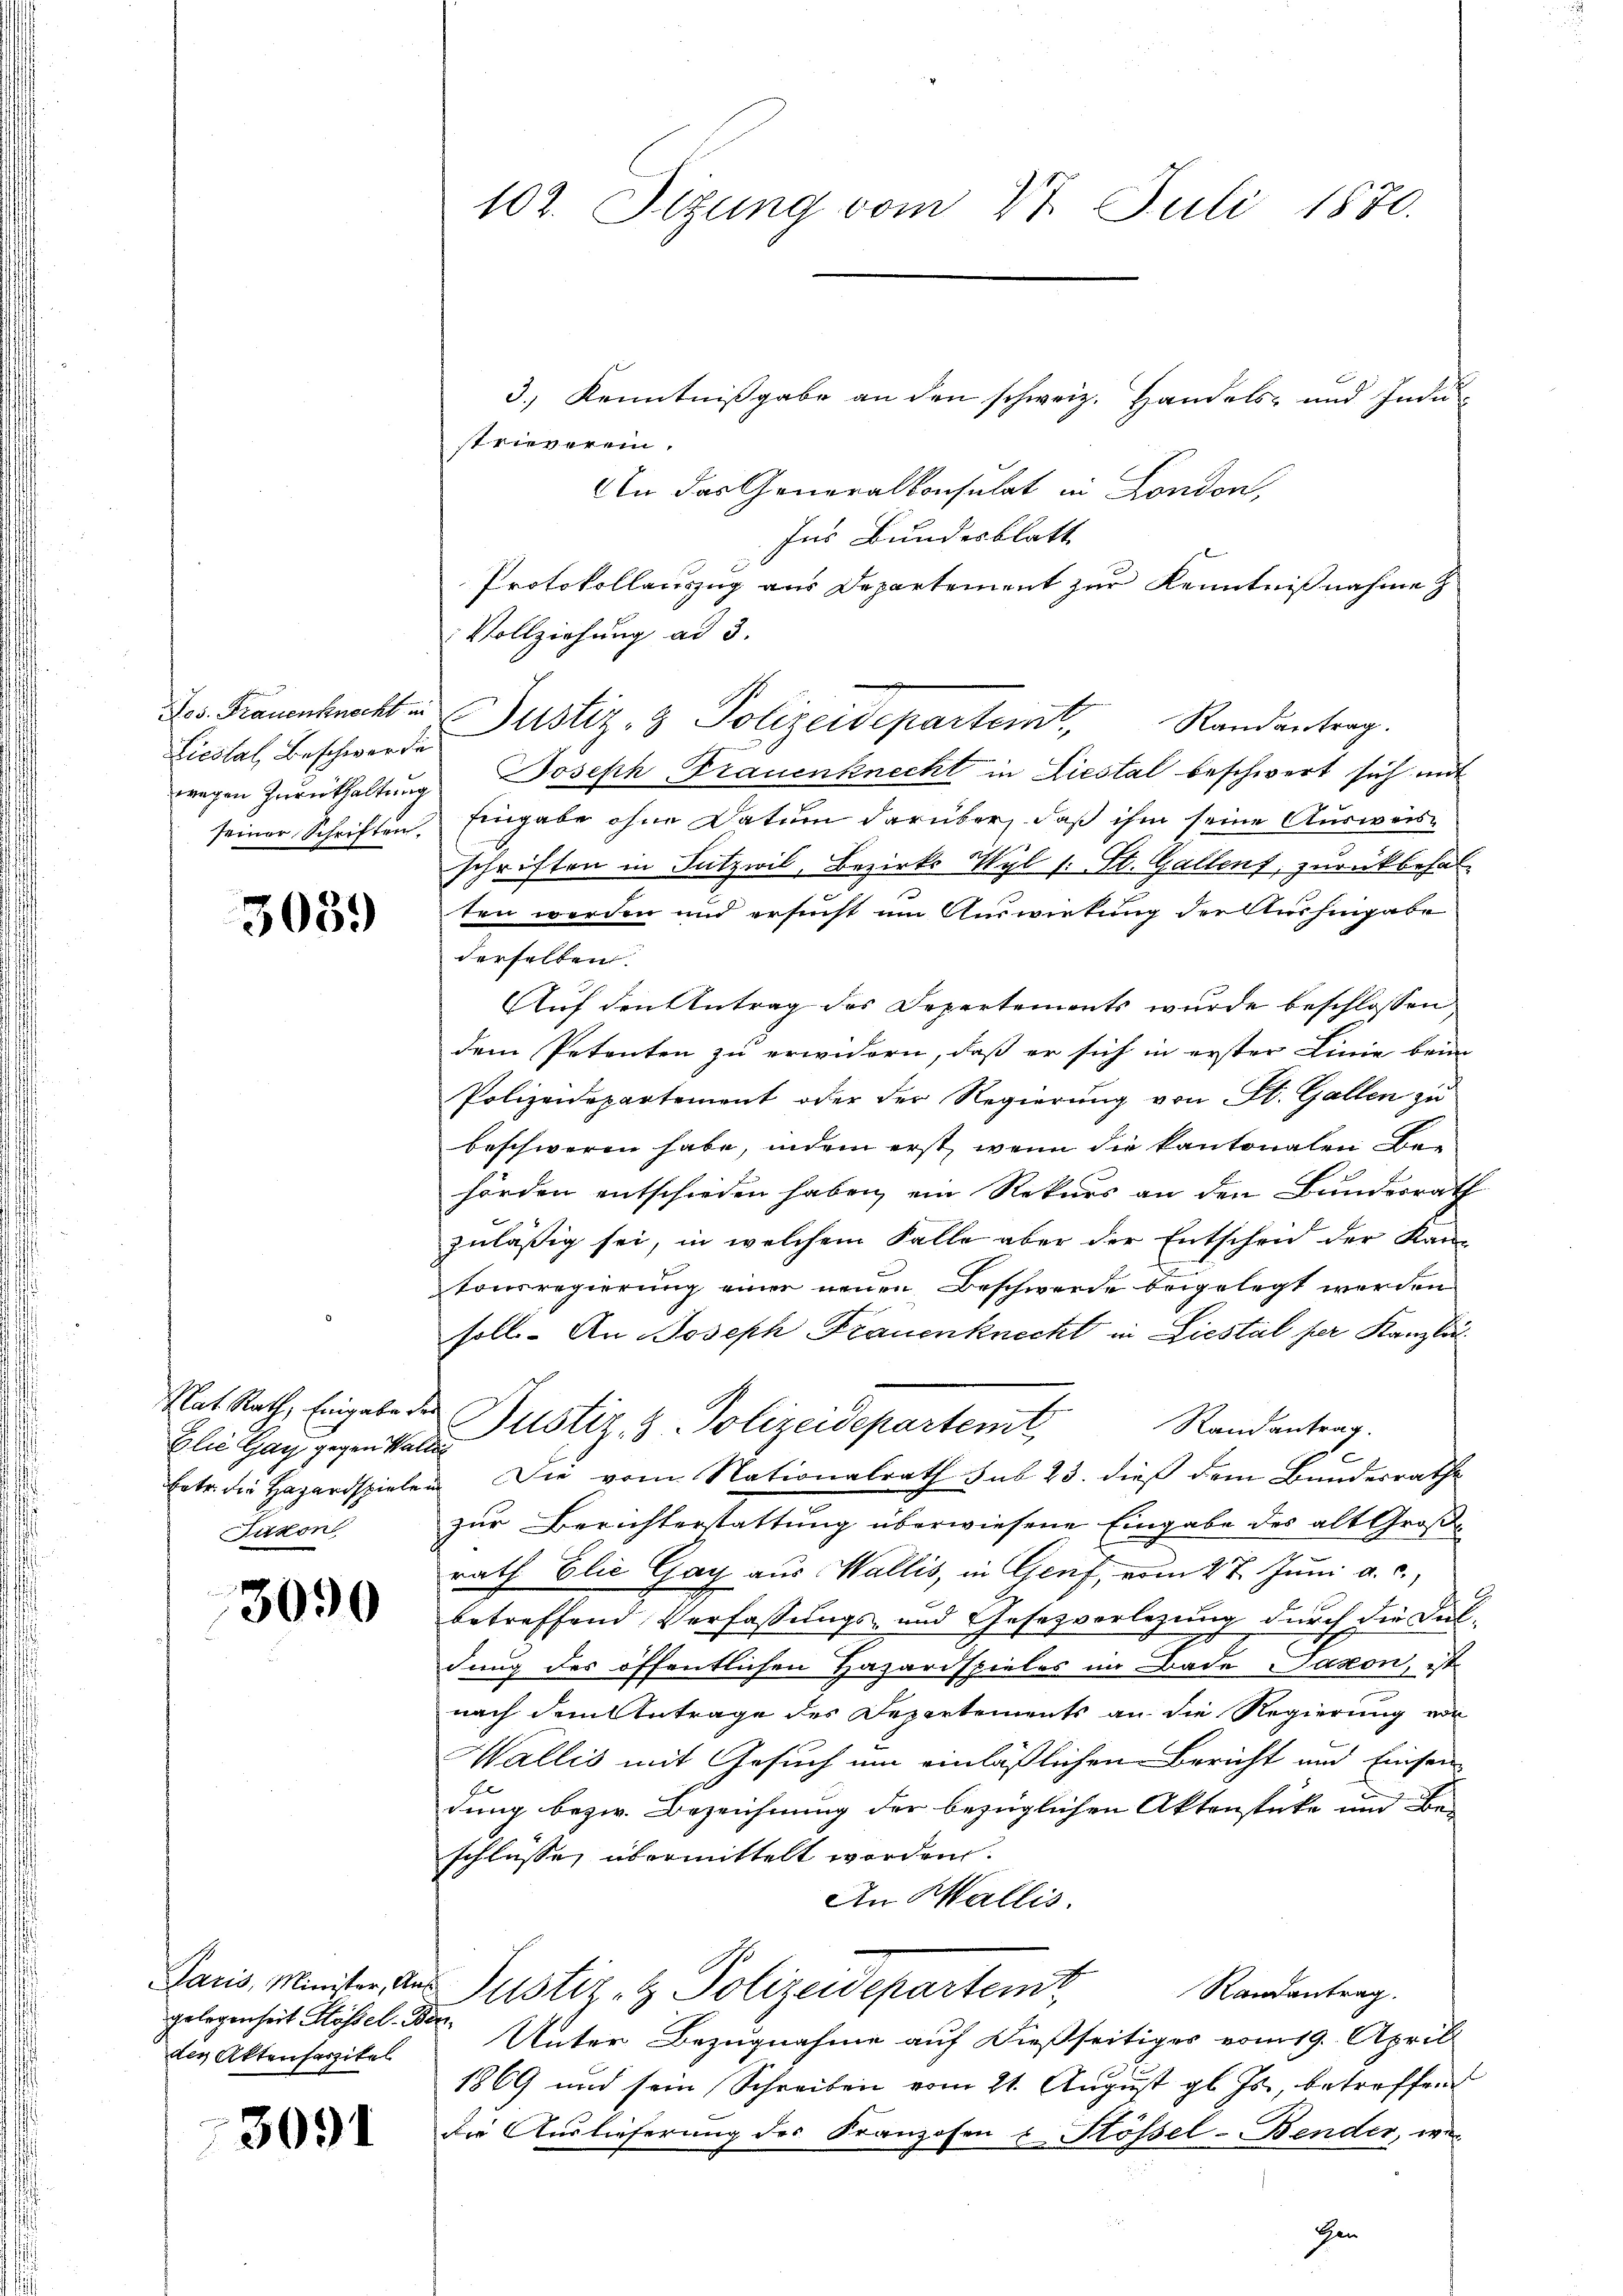
Jos. Frauenknecht ei
Liestal, Beschwerde
wegen Zurückhaltung
seiner Schriften,

3059

Rat Rath, Eingabe de
Glić Gay gegen Wal¬
Eetr. die Hazardspiele.
Jaton

3090

Paris, Minister, Aus
gelegenheit Hösel. Be
den Aktensartitel

3091

102. Sitzung vom 28. Juli 1870.
3.) Kenntnißgabe an den schweiz. Handels- und Indu¬

strieverein.
An das Generalkonsulat in London,
Ins Bundesblatt
Protokollauszug aus Departement zur Kenntnißnahme z
Vollziehung ad 3.
Justiz- & Polizeidepartemt
Randantrag.
Joseph Frauenknecht in Liestal beschwert sich mit
Eingabe ohne Datum darüber, daß ihm seine Ausweis-
schriften in Sutzwil, Bezirks Wyl /: St. Gallens, zurückbehal-
ten werden und ersucht um Auswirkung der Aushingabe
derselben.
Auf den Antrag des Departements wurde beschlossen
dem Petenten zu erwidern, daß er sich in erster Linie beim
Polizeidepartement oder der Regierung von St. Gallen zu
beschweren habe, indem erst, wenn die kantonalen Be-
hörden entschieden haben, ein Rekurs an den Bundesrath
zuläßig sei, in welchem Falle aber der Entschen der Kantonsregierung einer neuen Beschwerde beigelegt werden
soll. An Joseph Frauenknecht in Liestal per Kanzli¬
Justiz- & Polizeidepartemt. Randantrag.
.
Die vom Nationalrath sub 23. dieß dem Bundesrathe
zur Berichterstattung überwiesene Eingabe des alt Große
rath Elić Gay aus Wallis, in Genf, vom 27. Juni a. c.
betreffend Verfassungs- und Gesetzverlegung durch die Duldung der öffentlichen Hazardspieles im Bade Saxon, ist
nach dem Antrage des Departements an die Regierung von
Wallis mit Gesuch um einläßlichen Bericht und Einsen
dung bezw. Bezeichnung der bezüglichen Aktenstücke und Be-
schlüsse, übermittelt worden.
An Wallis.
Justiz- & Polizeidepartent
Randantrag.
Unter Bezugnahme auf dießseitiges vom 19. Aprill
1869 und sein Schreiben vom 21. August gl. Js., betreffend
die Auslieferung des Franzosen & Hösel-Bender, wie
Hen